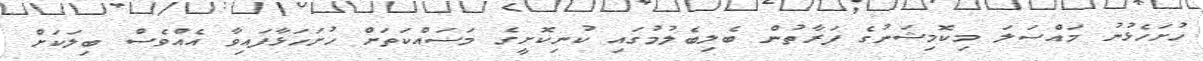
ހުށަހެޅުނު މައްސަލަ މިކޮމިޝަނުގެ ފަރާތުން ބެލިބެލުމުގައި ކުނިކޮށީގެ މަސައްކަތަށް ހުށަހަޅާފައިވާ އެއްވެސް ބިލަކަށް